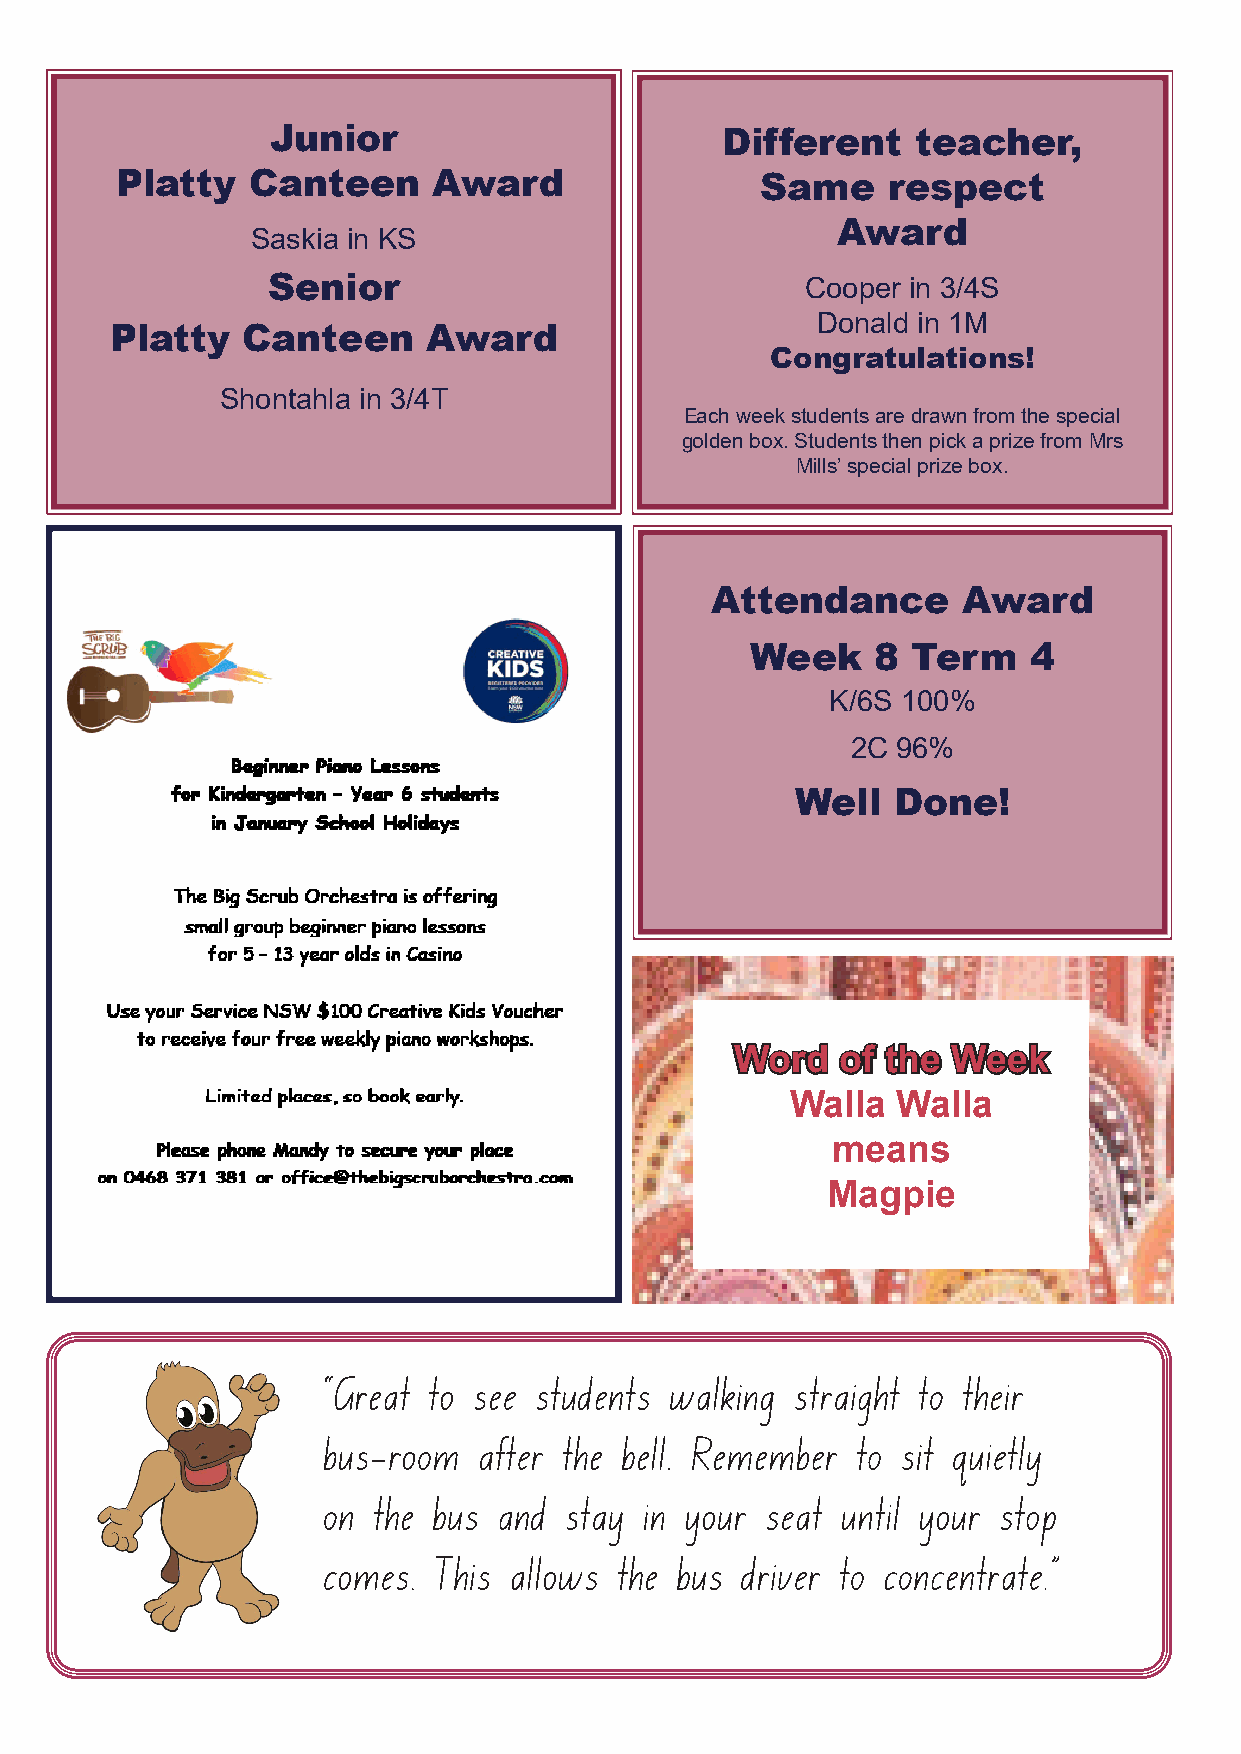
Junior                        Different    teacher,
 Platty  Canteen      Award                Same     respect
 Award
 Saskia in KS
 Senior                             Cooper in 3/4S
 Donald in 1M
 Platty   Canteen     Award
 Congratulations!
 Shontahla in 3/4T
 Each week students are drawn from the special
 golden box. Students then pick a prize from Mrs
 Mills’ special prize box.
 Attendance       Award
 Week    8 Term    4
 K/6S 100%
 2C 96%
 Well  Done!
 WWoorrdd ooff tthhee WWeeeekk
 Walla  Walla
 means
 Magpie
 “Great to see students walking straight to their
 bus-room   after the bell. Remember to sit quietly
 on  the bus and stay in your  seat until your stop
 comes.  This allows the bus driver to concentrate.”